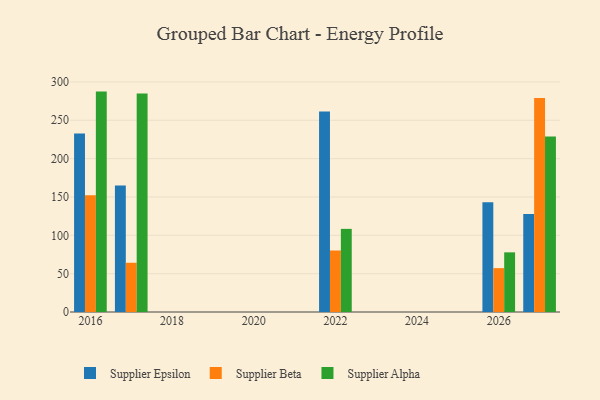
{"axis": {"x": "Year", "y": "Net Income (USD K)"}, "legend": ["Supplier Alpha", "Supplier Beta", "Supplier Epsilon"], "data": [{"x": "2026", "y": 143.2, "type": "Supplier Epsilon"}, {"x": "2026", "y": 57.2, "type": "Supplier Beta"}, {"x": "2026", "y": 77.8, "type": "Supplier Alpha"}, {"x": "2016", "y": 232.8, "type": "Supplier Epsilon"}, {"x": "2016", "y": 152.2, "type": "Supplier Beta"}, {"x": "2016", "y": 287.4, "type": "Supplier Alpha"}, {"x": "2027", "y": 127.7, "type": "Supplier Epsilon"}, {"x": "2027", "y": 279.0, "type": "Supplier Beta"}, {"x": "2027", "y": 228.7, "type": "Supplier Alpha"}, {"x": "2017", "y": 164.8, "type": "Supplier Epsilon"}, {"x": "2017", "y": 64.2, "type": "Supplier Beta"}, {"x": "2017", "y": 284.8, "type": "Supplier Alpha"}, {"x": "2022", "y": 261.6, "type": "Supplier Epsilon"}, {"x": "2022", "y": 80.2, "type": "Supplier Beta"}, {"x": "2022", "y": 108.4, "type": "Supplier Alpha"}]}